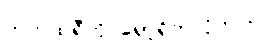
ဘက်ထရီကို ရှော့ရိုက်လိုက်ပါ။